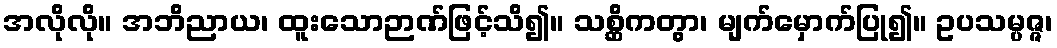
အလိုလို။ အဘိညာယ၊ ထူးသောဉာဏ်ဖြင့်သိ၍။ သစ္ဆိကတွာ၊ မျက်မှောက်ပြု၍။ ဥပသမ္ပဇ္ဇ၊